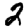
Digit: 2